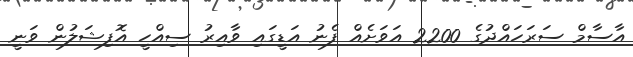
އާސާމް ސަރަހައްދުގެ 2200 އަވަށެއް ފެނު އަޑީގައި ވާއިރު ސިއްހީ އޮފިޝަލުން ވަނީ